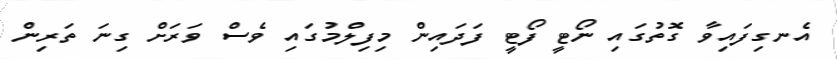
އެނގިފައިވާ ގޮތުގައި ނޯޓީ ފޯޓީ ފަދައިން މިފިލްމުގައި ވެސް ވަރަށް ގިނަ ތަރިން